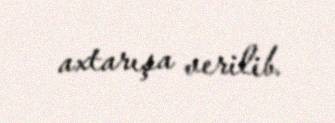
axtarışa verilib.